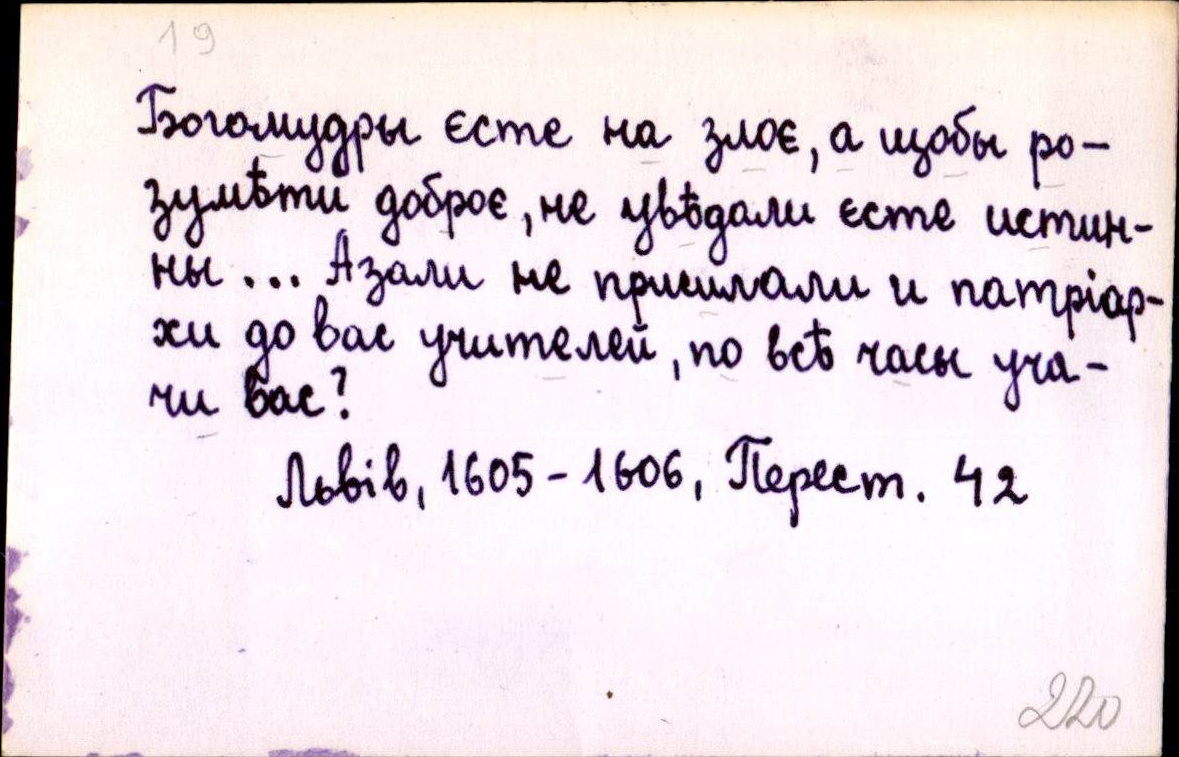
Богомудры єсте на злоє, а щобы ро-
зумѣти доброє, не увѣдали єсте истин-
ны... Азали не присилали и патріар-
хи до вас учителей, по всѣ часы уча-
чи вас?
Львів, 1605-1606, Перест. 42